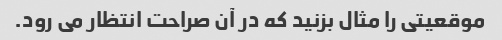
موقعیتی را مثال بزنید که در آن صراحت انتظار می رود.